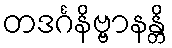
တဒင်္ဂနိဗ္ဗာနန္တိ